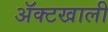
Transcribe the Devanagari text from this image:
ॲक्टखाली